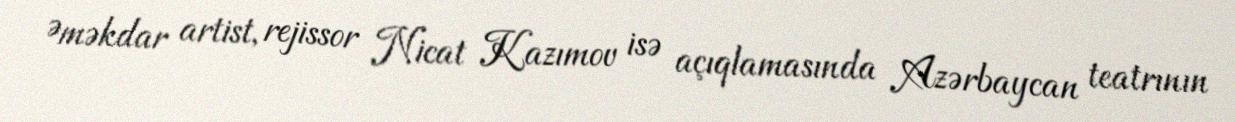
Əməkdar artist, rejissor Nicat Kazımov isə açıqlamasında Azərbaycan teatrının